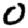
Digit: 0